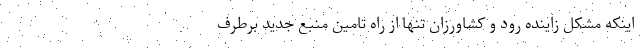
اینکه مشکل زاینده رود و کشاورزان تنها از راه تامین منبع جدید برطرف